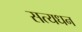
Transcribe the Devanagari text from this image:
सत्यधन